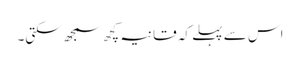
اس سے پہلے کہ قانیہ کچھ سمجھ سکتی۔